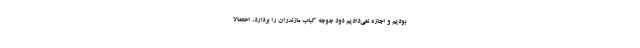
بودیم و اجازه نمی‌دادیم دود جوجه کباب مازندران را بردارد، احتمالا